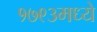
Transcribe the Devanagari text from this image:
१७९३मध्ये